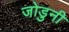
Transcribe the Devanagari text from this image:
जोडुनी